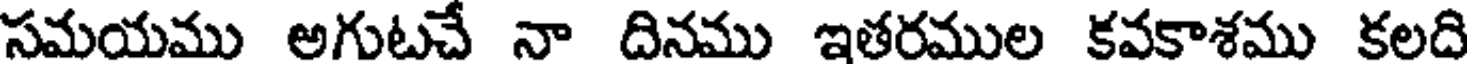
సమయము అగుటచే నా దినము ఇతరముల కవకాశము కలది